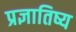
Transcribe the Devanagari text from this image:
प्रज्ञातिष्य